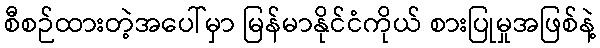
စီစဉ်ထားတဲ့အပေါ်မှာ မြန်မာနိုင်ငံကိုယ် စားပြုမှုအဖြစ်နဲ့